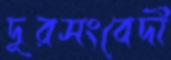
দূরসংবেদী